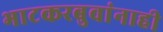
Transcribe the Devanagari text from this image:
भाटकरबुवांनाही